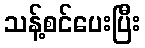
သန့်စင်ပေးပြီး